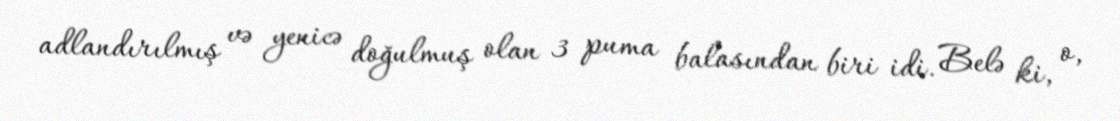
adlandırılmış və yenicə doğulmuş olan 3 puma balasından biri idi. Belə ki, o,